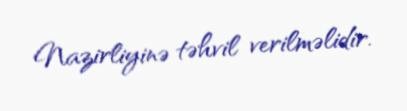
Nazirliyinə təhvil verilməlidir.